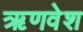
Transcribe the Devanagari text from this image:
ऋणवेश